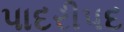
પાદરીપદ